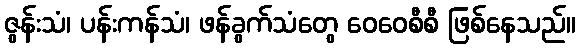
ဇွန်းသံ၊ ပန်းကန်သံ၊ ဖန်ခွက်သံတွေ ဝေဝေစီစီ ဖြစ်နေသည်။